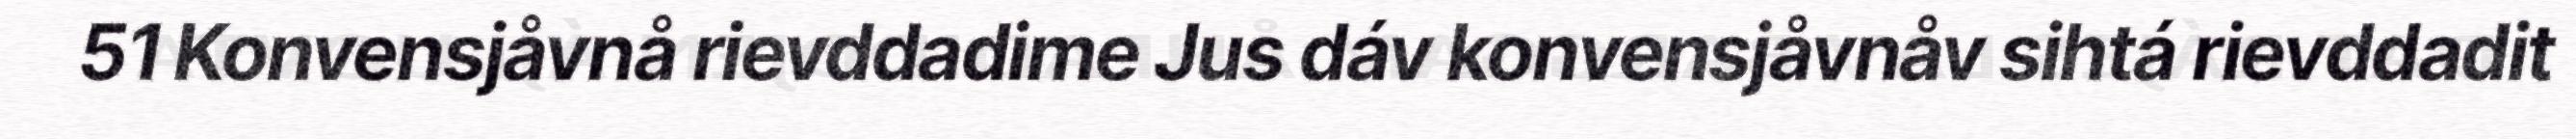
51 Konvensjåvnå rievddadime Jus dáv konvensjåvnåv sihtá rievddadit